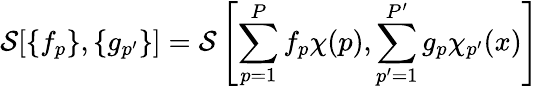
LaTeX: \mathcal{S}[\{ f_{p}\} ,\{ g_{p^{\prime}}\} ]=\mathcal{S}\left[\sum_{p=1}^{P}f_{p}\chi(p),\sum_{p^{\prime}=1}^{P^{\prime}}g_{p}\chi_{p^{\prime}}(x)\right]